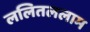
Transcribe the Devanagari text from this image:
ललितललाम